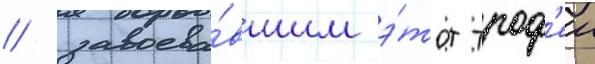
/ завоева́вшим э́тот троф'еи